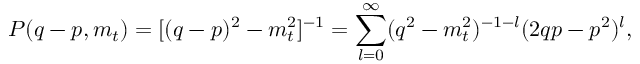
P ( q - p , m _ { t } ) = [ ( q - p ) ^ { 2 } - m _ { t } ^ { 2 } ] ^ { - 1 } = \sum _ { l = 0 } ^ { \infty } ( q ^ { 2 } - m _ { t } ^ { 2 } ) ^ { - 1 - l } ( 2 q p - p ^ { 2 } ) ^ { l } ,